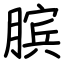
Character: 膑